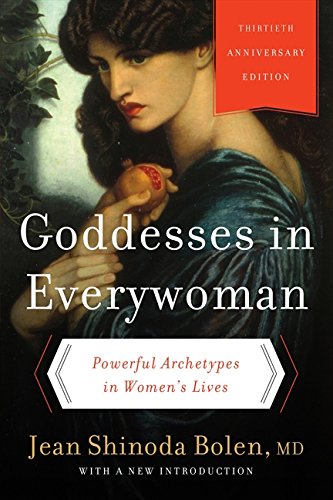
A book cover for Goddesses in Everywoman: Thirtieth Anniversary Edition: Powerful Archetypes in Women's Lives; Jean Shinoda, M.D. Bolen; Religion & Spirituality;